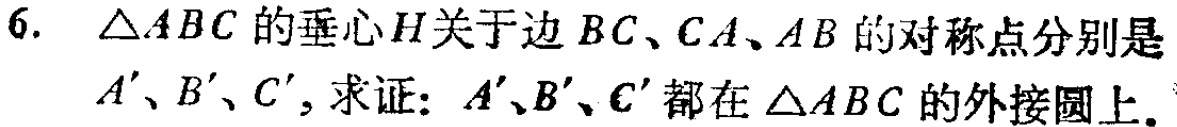
6. $\triangle ABC$的垂心$H$关于边$BC、CA、AB$的对称点分别是$A'、B'、C'$，求证：$A'、B'、C'$都在$\triangle ABC$的外接圆上。